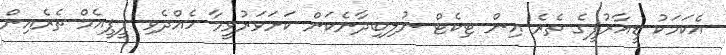
އެކަމަކު ޑީއާރުޕީގެ ތެރެ އިން ޓިކެޓް ނުލިބިދާނެކަން ކަށަވަރުވީމާ ހެއްދެވި ޕީޕީއެމް ތެރެއިން